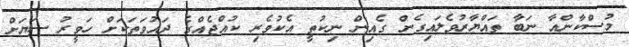
މުސްކާންއާ ނަބާ ތައްޔާރުވެލައިގެން ގެއިން ނިކުތީ އެކުވެރި ކުއްޖެއްގެ ދައުވަތަކަށް ހަވީރު ސަޔަށް